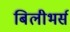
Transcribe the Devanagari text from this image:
बिलीभर्स